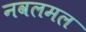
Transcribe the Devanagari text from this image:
नवलमल